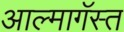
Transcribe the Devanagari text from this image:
आल्मागॅस्त